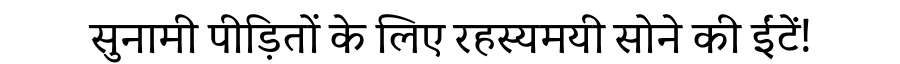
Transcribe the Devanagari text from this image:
सुनामी पीड़ितों के लिए रहस्यमयी सोने की ईंटें!